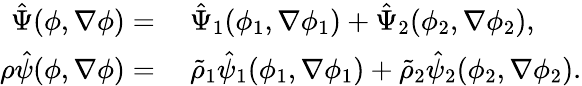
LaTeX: \begin{array}{rl}{\hat{\Psi}(\phi,\nabla\phi)=}&{~\hat{\Psi}_{1}(\phi_{1},\nabla\phi_{1})+\hat{\Psi}_{2}(\phi_{2},\nabla\phi_{2}),}\\ {\rho\hat{\psi}(\phi,\nabla\phi)=}&{~\tilde{\rho}_{1}\hat{\psi}_{1}(\phi_{1},\nabla\phi_{1})+\tilde{\rho}_{2}\hat{\psi}_{2}(\phi_{2},\nabla\phi_{2}).}\end{array}